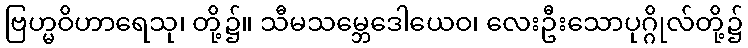
ဗြဟ္မဝိဟာရေသု၊ တို့၌။ သီမသမ္ဘေဒေါယေဝ၊ လေးဦးသောပုဂ္ဂိုလ်တို့၌